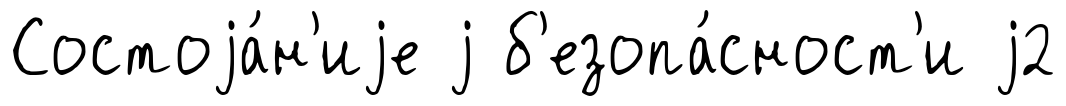
Состоjа́н'иjе j б'езопа́сност'и j2